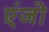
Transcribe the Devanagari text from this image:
एंजो